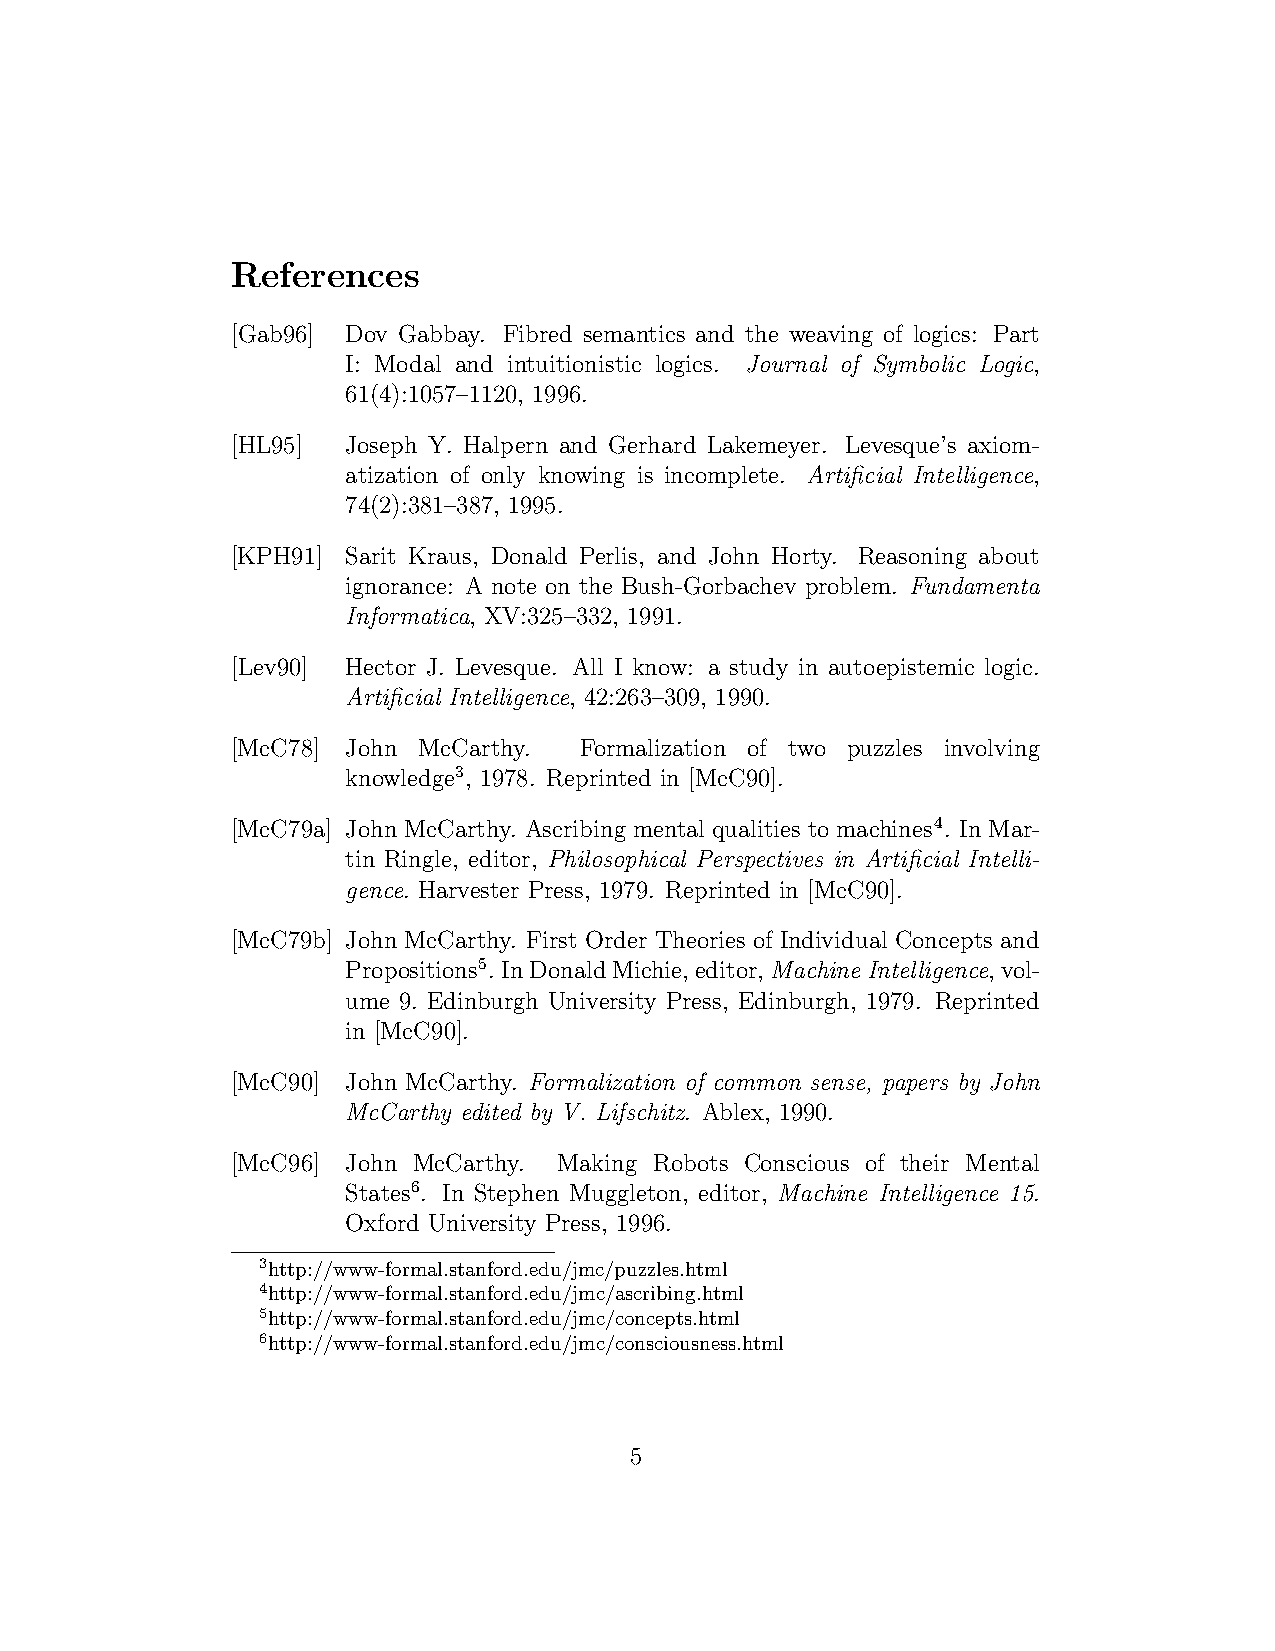
References
 [Gab96] Dov Gabbay. Fibred semantics and the weaving of logics: Part
 I: Modal and intuitionistic logics. Journal of Symbolic Logic,
 61(4):1057–1120, 1996.
 [HL95]  Joseph Y. Halpern and Gerhard Lakemeyer. Levesque’s axiom-
 atization of only knowing is incomplete. Artificial Intelligence,
 74(2):381–387, 1995.
 [KPH91] Sarit Kraus, Donald Perlis, and John Horty. Reasoning about
 ignorance: A note on the Bush-Gorbachev problem. Fundamenta
 Informatica, XV:325–332, 1991.
 [Lev90] Hector J. Levesque. All I know: a study in autoepistemic logic.
 Artificial Intelligence, 42:263–309, 1990.
 [McC78] John McCarthy. Formalization of two puzzles involving
 3
 knowledge , 1978. Reprinted in [McC90].
 4
 [McC79a] John McCarthy. Ascribing mental qualities to machines . In Mar-
 tin Ringle, editor, Philosophical Perspectives in Artificial Intelli-
 gence. Harvester Press, 1979. Reprinted in [McC90].
 [McC79b] John McCarthy. First Order Theories of Individual Concepts and
 Propositions5 . InDonaldMichie,editor,Machine Intelligence,vol-
 ume 9. Edinburgh University Press, Edinburgh, 1979. Reprinted
 in [McC90].
 [McC90] John McCarthy. Formalization of common sense, papers by John
 McCarthy edited by V. Lifschitz. Ablex, 1990.
 [McC96] John McCarthy. Making Robots Conscious of their Mental
 States6 . In Stephen Muggleton, editor, Machine Intelligence 15.
 Oxford University Press, 1996.
 3http://www-formal.stanford.edu/jmc/puzzles.html
 4http://www-formal.stanford.edu/jmc/ascribing.html
 5http://www-formal.stanford.edu/jmc/concepts.html
 6http://www-formal.stanford.edu/jmc/consciousness.html
 5